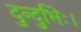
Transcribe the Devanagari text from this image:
दुन्दुभिः।